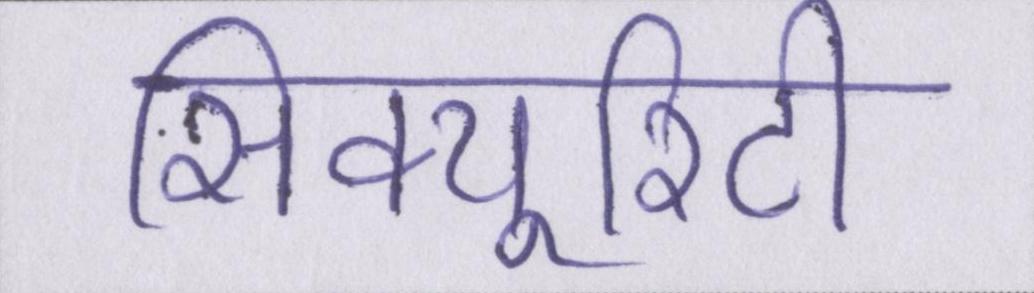
सिक्यूरिटी